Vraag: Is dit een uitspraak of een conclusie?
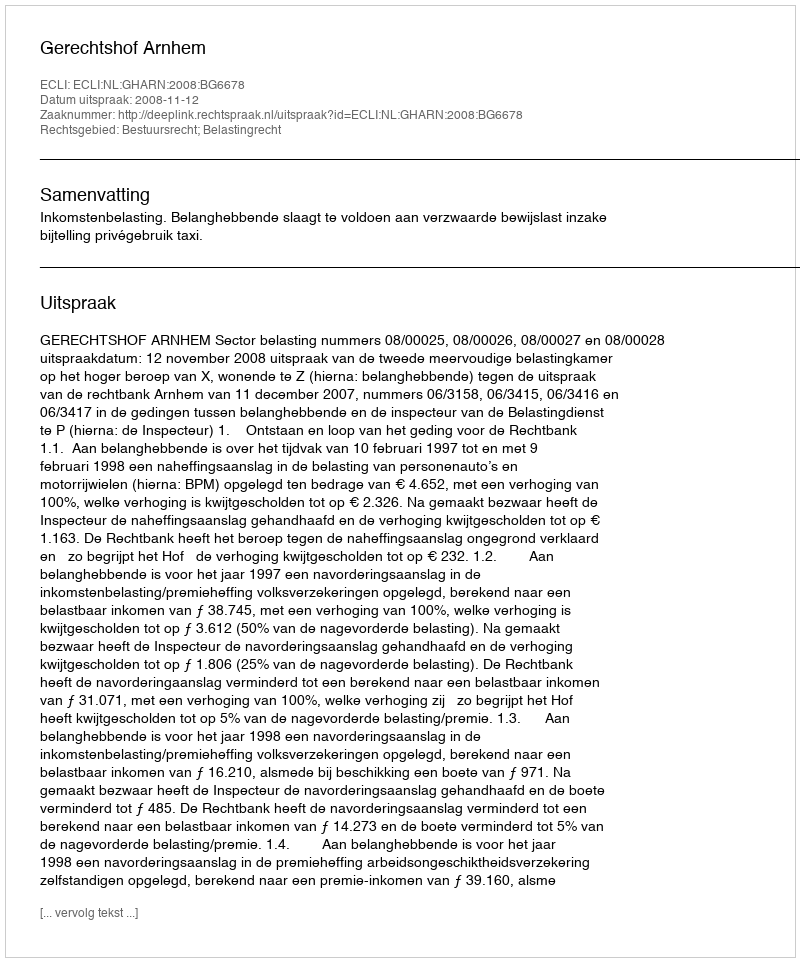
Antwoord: Uitspraak